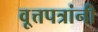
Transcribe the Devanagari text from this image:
वृ्त्तपत्रांनी